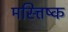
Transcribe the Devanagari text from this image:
मस्त्तिष्क